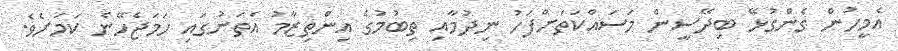
އެމީހުން ގެންގުޅޭ ބިދޭސީން މަސައްކަތަށްފަހު ނިދުމާއި ތިބުމުގެ އިންތިޒާމު އެތަނުގައި ހަމަޖެހޭނެ ކަމަށެވެ.